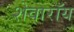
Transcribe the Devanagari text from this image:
शेवारॉय